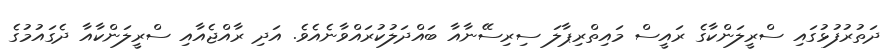
ދަތުރުފުޅުގައި ސްރީލަންކާގެ ރައީސް މައިތްރިޕާލަ ސިރިސޭނާއާ ބައްދަލުކުރައްވާނެއެވެ. އަދި ރާއްޖެއާއި ސްރީލަންކާއާ ދެގައުމުގެ